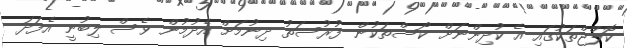
ކޮލްޖްތަކުގައި އެ ކުދިންނަށް ކޯސްތަކުން ފުރުސަތު ދިނުމަށް އެދުމުން ވެސް ލިބުނީ އެފަދަ